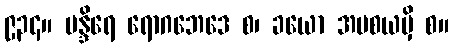
၉၃၄။ မန္ဒိရေ ရောဂဘေဒေ စ၊ ခယော အပစယမှိ စ။